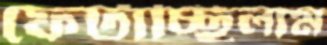
ফেটাচ্ছিলাম